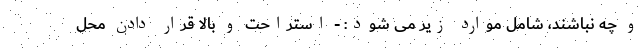
و چه نباشند، شامل موارد زیر می شود: - استراحت و بالا قرار دادن محل